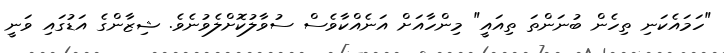
"ހަމައެކަނި ތިހެން ބުނަންތަ ތިއައީ" މިންހާއަށް އަނެއްކާވެސް ސުވާލުކޮށްލެވުނެވެ. ޝިޒާންގެ އަޑުގައި ވަނީ